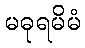
မဓုရမိမံ